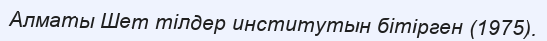
Алматы Шет тілдер институтын бітірген (1975).